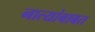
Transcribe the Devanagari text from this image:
नात्यांबाबत